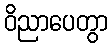
ဝိညာပေတွာ